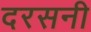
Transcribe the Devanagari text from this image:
दरसनी